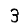
Digit: 3